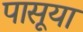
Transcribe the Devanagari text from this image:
पासूया